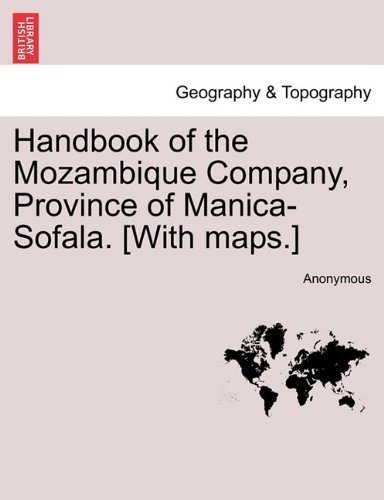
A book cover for Handbook of the Mozambique Company, Province of Manica-Sofala. [With maps.] by Anonymous (2011) Paperback; Anonymous; Travel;